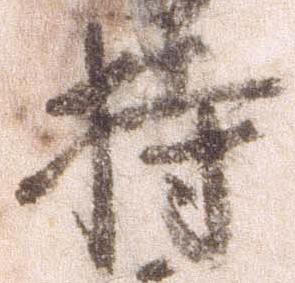
持